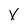
Character: X